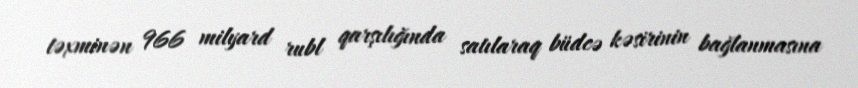
təxminən 966 milyard rubl qarşılığında satılaraq büdcə kəsirinin bağlanmasına